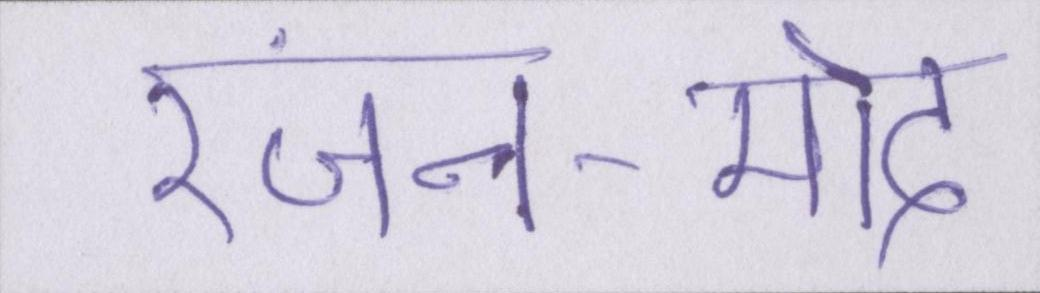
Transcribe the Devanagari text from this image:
रंजन-मोद